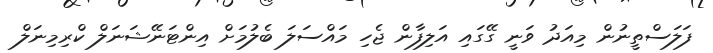
ފަލަސްތީނުން މިއަދު ވަނީ ގޭގައި އަލިފާން ޖެހި މައްސަލަ ބެލުމަށް އިންޓަނޭޝަނަލް ކްރިމިނަލް